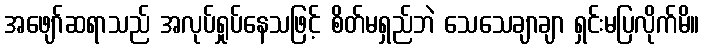
အဖျော်ဆရာသည် အလုပ်ရှုပ်နေသဖြင့် စိတ်မရှည်ဘဲ သေသေချာချာ ရှင်းမပြလိုက်မိ။